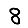
Digit: 8